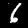
Label: 6